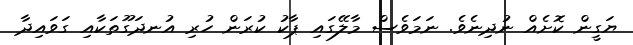
ޔަގީން ކޮށެއް ނުދިނެވެ. ނަމަވެސް މާލޭގައި ޕާކު ކުރަން ހުރި އުނދަގޫތަކާއި ގަވައިދާ